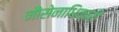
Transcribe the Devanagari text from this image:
नौसेनाधिकारी